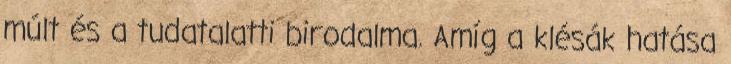
múlt és a tudatalatti birodalma. Amíg a klésák hatása